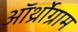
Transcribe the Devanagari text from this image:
ऑर्थ्रोग्राम